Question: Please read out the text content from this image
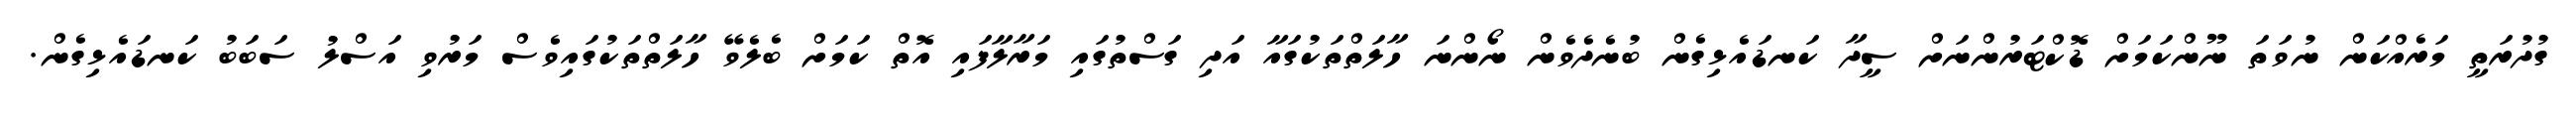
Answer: ގުދުރަތީ މަރެއްކަން ނުވަތަ ނޫންކަމަށް ޑޮކްޓަރުންނަށް ސީދާ ކަނޑައެޅިގެން ބުނެދެވެން ނޯންނަ ހާލަތްތަކުގައާ އަދި ގަސްތުގައި މަރާލާފައި އޮތް ކަމަށް ބެލެވޭ ހާލަތްތަކުގައިވެސް މަރުވި އަސްލު ސަބަބު ކަނޑައެޅިގެން.